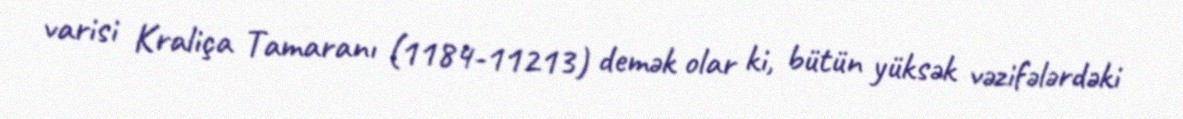
varisi Kraliça Tamaranı (1184-11213) demək olar ki, bütün yüksək vəzifələrdəki